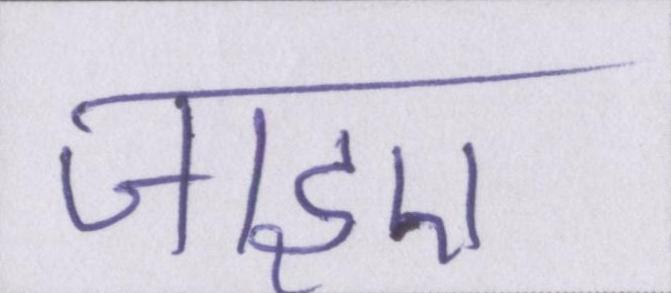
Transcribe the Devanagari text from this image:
जाइए